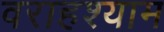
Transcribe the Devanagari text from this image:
वराहश्याम